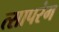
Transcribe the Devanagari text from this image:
त्सापरंग